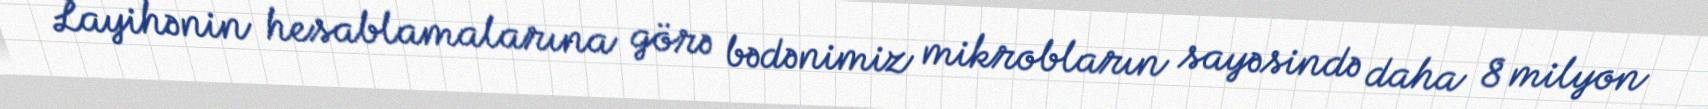
Layihənin hesablamalarına görə bədənimiz mikrobların sayəsində daha 8 milyon